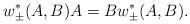
LaTeX: \begin{align*}w_\pm^* (A, B) A = B w_\pm^* (A, B).\end{align*}